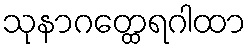
သုနာဂတ္ထေရဂါထာ